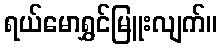
ရယ်မောရွှင်မြူးလျက်။